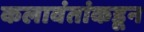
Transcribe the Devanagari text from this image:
कलावंतांकडून